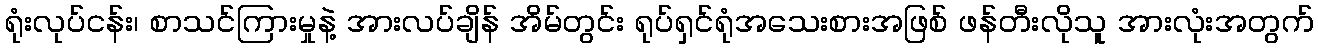
ရုံးလုပ်ငန်း၊ စာသင်ကြားမှုနဲ့ အားလပ်ချိန် အိမ်တွင်း ရုပ်ရှင်ရုံအသေးစားအဖြစ် ဖန်တီးလိုသူ အားလုံးအတွက်